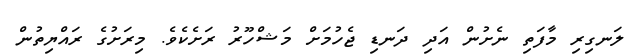
ލަނގިރި މާފަތި ނެށުން އަދި ދަނޑި ޖެހުމަށް މަޝްހޫރު ރަށެކެވެ. މިރަށުގެ ރައްޔިތުން